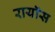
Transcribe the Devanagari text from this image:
रायॉस